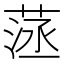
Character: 𦴸